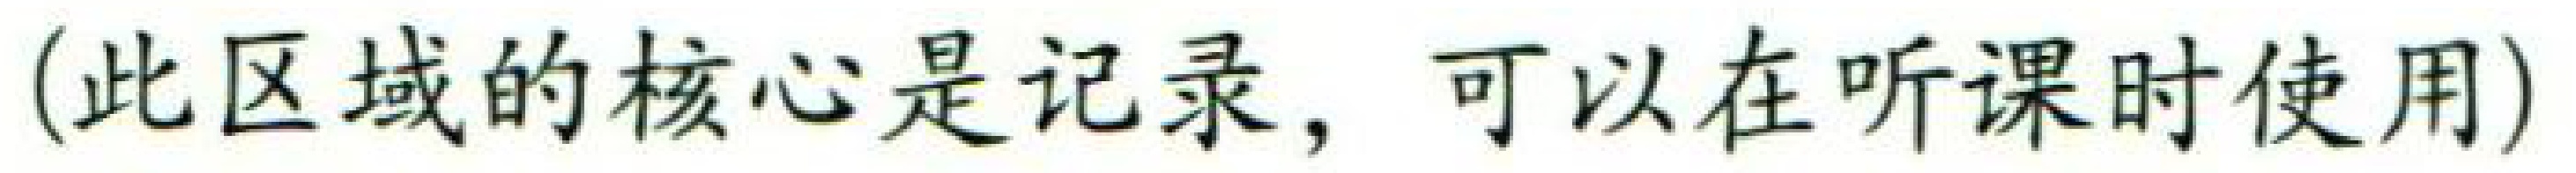
(此区域的核心是记录，可以在听课时使用)